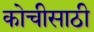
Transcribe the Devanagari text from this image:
कोचीसाठी